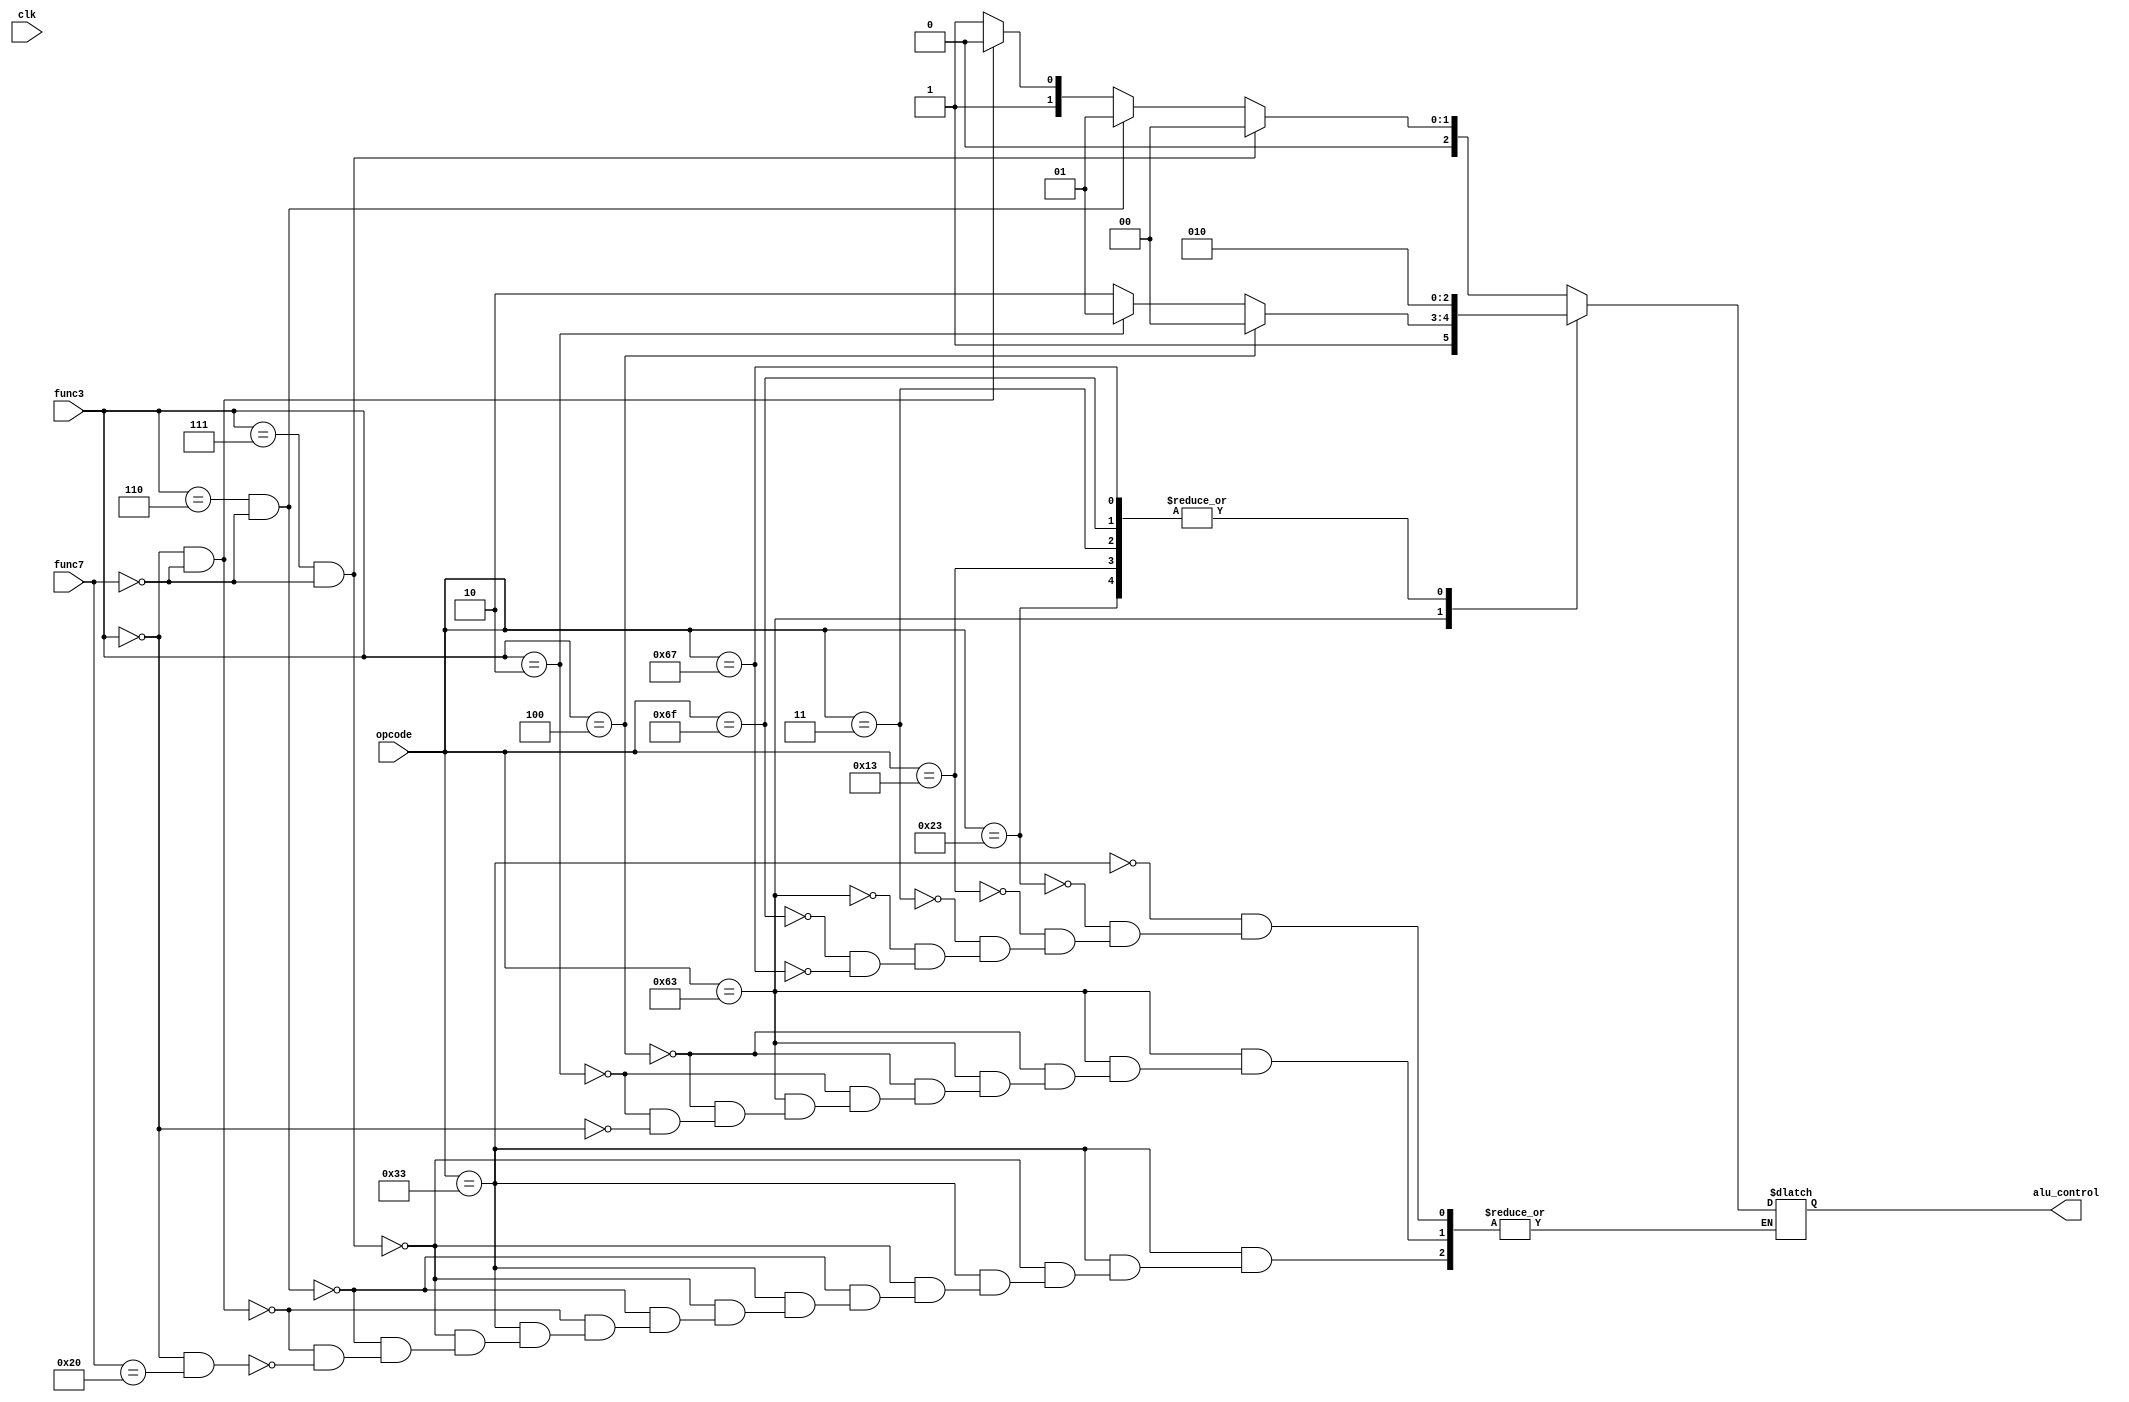
`timescale 1ns / 1ps

module alu_control(clk,func3,func7,opcode,alu_control);
input clk;
input [2:0] func3;
input [6:0] func7;
input [6:0]opcode;
output reg [2:0] alu_control;

parameter r_type=7'b0110011;// add sub etc
parameter s_type=7'b0100011;//sw sb
parameter i_type=7'b0010011;// addi
parameter l_type=7'b0000011;//lw lb
parameter b_type=7'b1100011;//beq bge blt
parameter jal_type=7'b1101111;// jal
parameter jalr_type=7'b1100111;//jalr

always @(*) begin
    case(opcode)
    r_type:
    begin
        if(func3==3'b111 && func7==7'b0)//and
            alu_control=3'b000;
        else if(func3==3'b110 && func7==7'b0)//or
            alu_control=3'b001;
        else if(func3==3'b0 && func7==7'b0)//add
            alu_control=3'b010;
        else if(func3==3'b0 && func7==7'b0100000)//sub
            alu_control=3'b011;
    end
    s_type:
        alu_control=3'b010;
    i_type:
        alu_control=3'b010;
    l_type:
        alu_control=3'b010;
    b_type:
        begin
            if(func3==3'b100)//blt
                alu_control=3'b100;

            else if(func3==3'b010)//bge
                alu_control=3'b101;
                
            else if(func3==3'b000)//beq
                alu_control=3'b110;
        end
    jal_type:
        alu_control=3'b010;
    jalr_type:
        alu_control=3'b010;
    endcase
end
    
endmodule